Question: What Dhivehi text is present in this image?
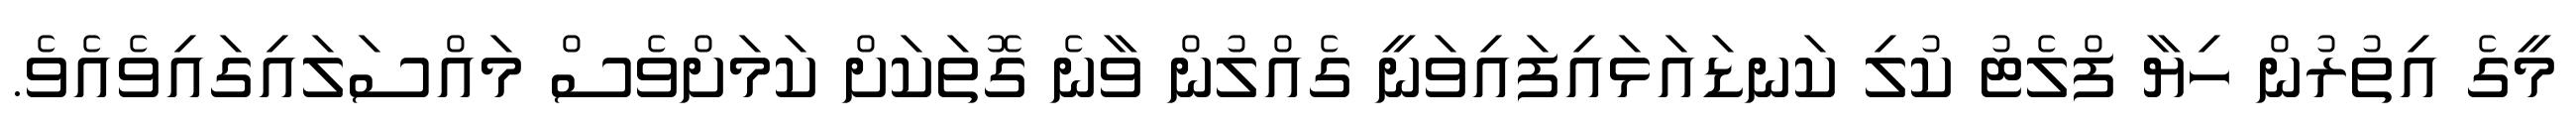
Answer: މީގެ އިތުރުން ހިޔާ ފްލެޓު ކުލި ކަނޑައަޅައިފައިވަނީ ގެއްލުން ވާނެ ގޮތަކަށް ކަމަށްވެސް މައްސަލައިގައިވެއެވެ.